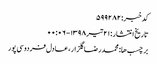
کد خبر: ۵۹۹۲۸۲
تاریخ انتشار : ۲۱ تیر ۱۳۹۸ - ۰۰:۰۶
برچسب ها: محمدرضا گلزار ، عادل فردوسی‌پور